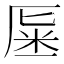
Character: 𠩽